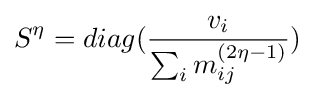
S^{\eta }=diag({\frac {v_{i}}{\sum _{i}m_{ij}^{(2\eta -1)}}})